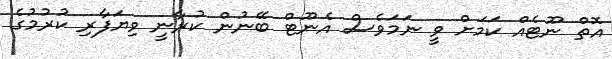
އޮތް ނޫޓެއް ކަމަށް ވީ ނަމަވެސް އެނޫޓް ބޭނުން ކުރާނީ ވިޔަފާރި ކުރުމުގެ